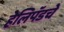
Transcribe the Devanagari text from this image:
हेलिपॅडचे